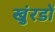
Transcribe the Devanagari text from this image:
खुंरडों